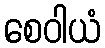
စေဝါယံ